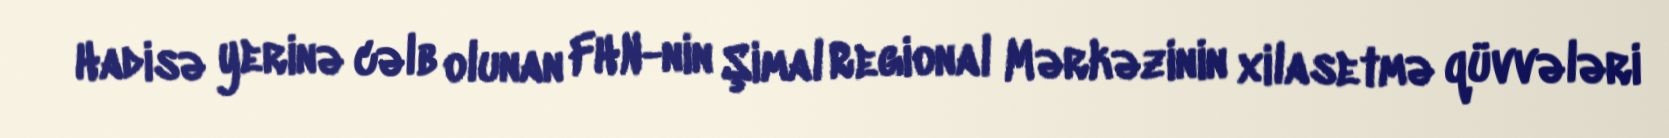
Hadisə yerinə cəlb olunan FHN-nin Şimal Regional Mərkəzinin xilasetmə qüvvələri